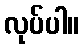
လုပ်ပါ။